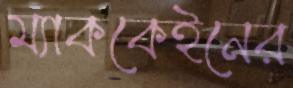
ম্যাককেইনের